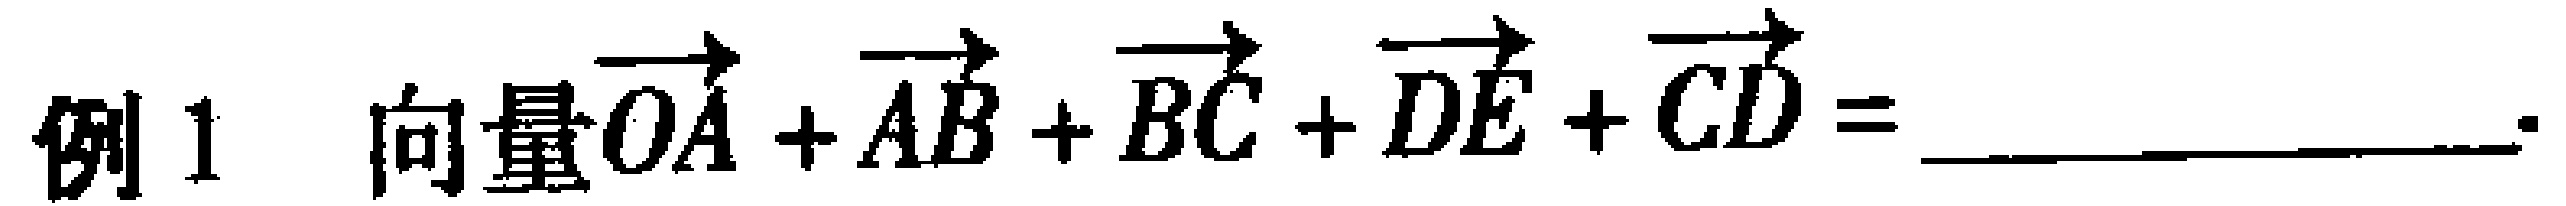
例1 向量\(\overrightarrow{OA}+\overrightarrow{AB}+\overrightarrow{BC}+\overrightarrow{DE}+\overrightarrow{CD} =\) ____________